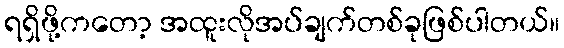
ရရှိဖို့ကတော့ အထူးလိုအပ်ချက်တစ်ခုဖြစ်ပါတယ်။